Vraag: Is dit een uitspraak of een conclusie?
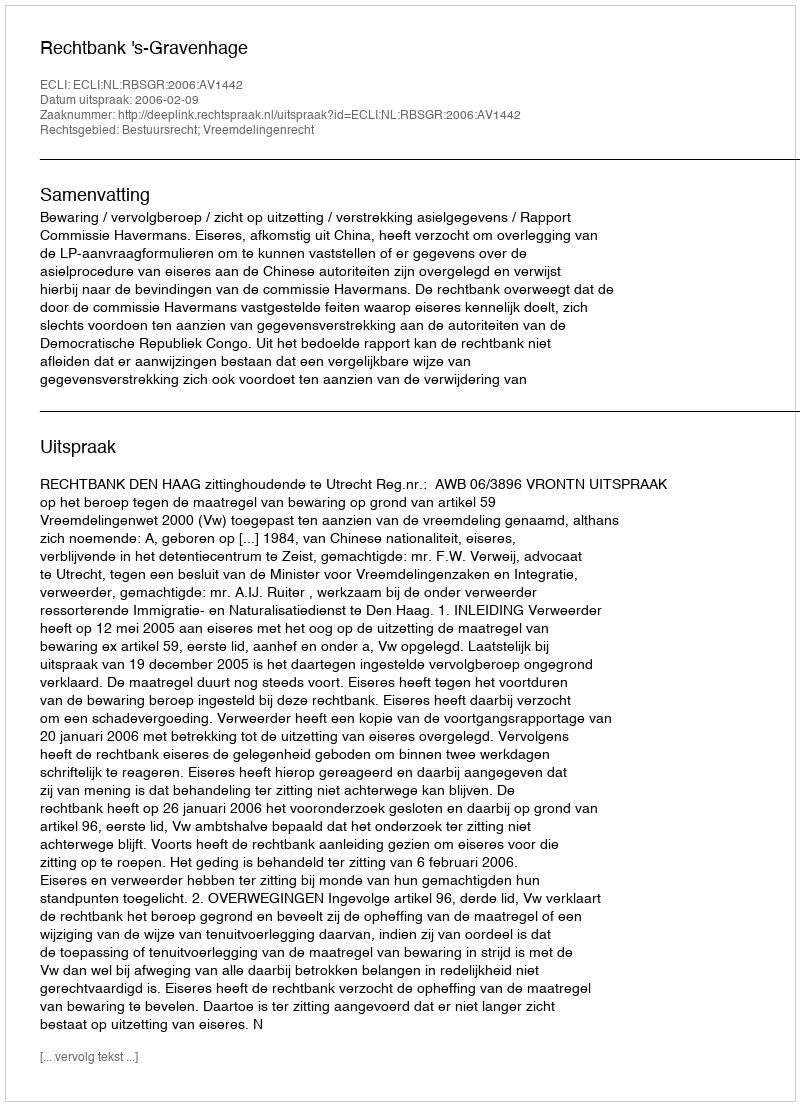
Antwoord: Uitspraak